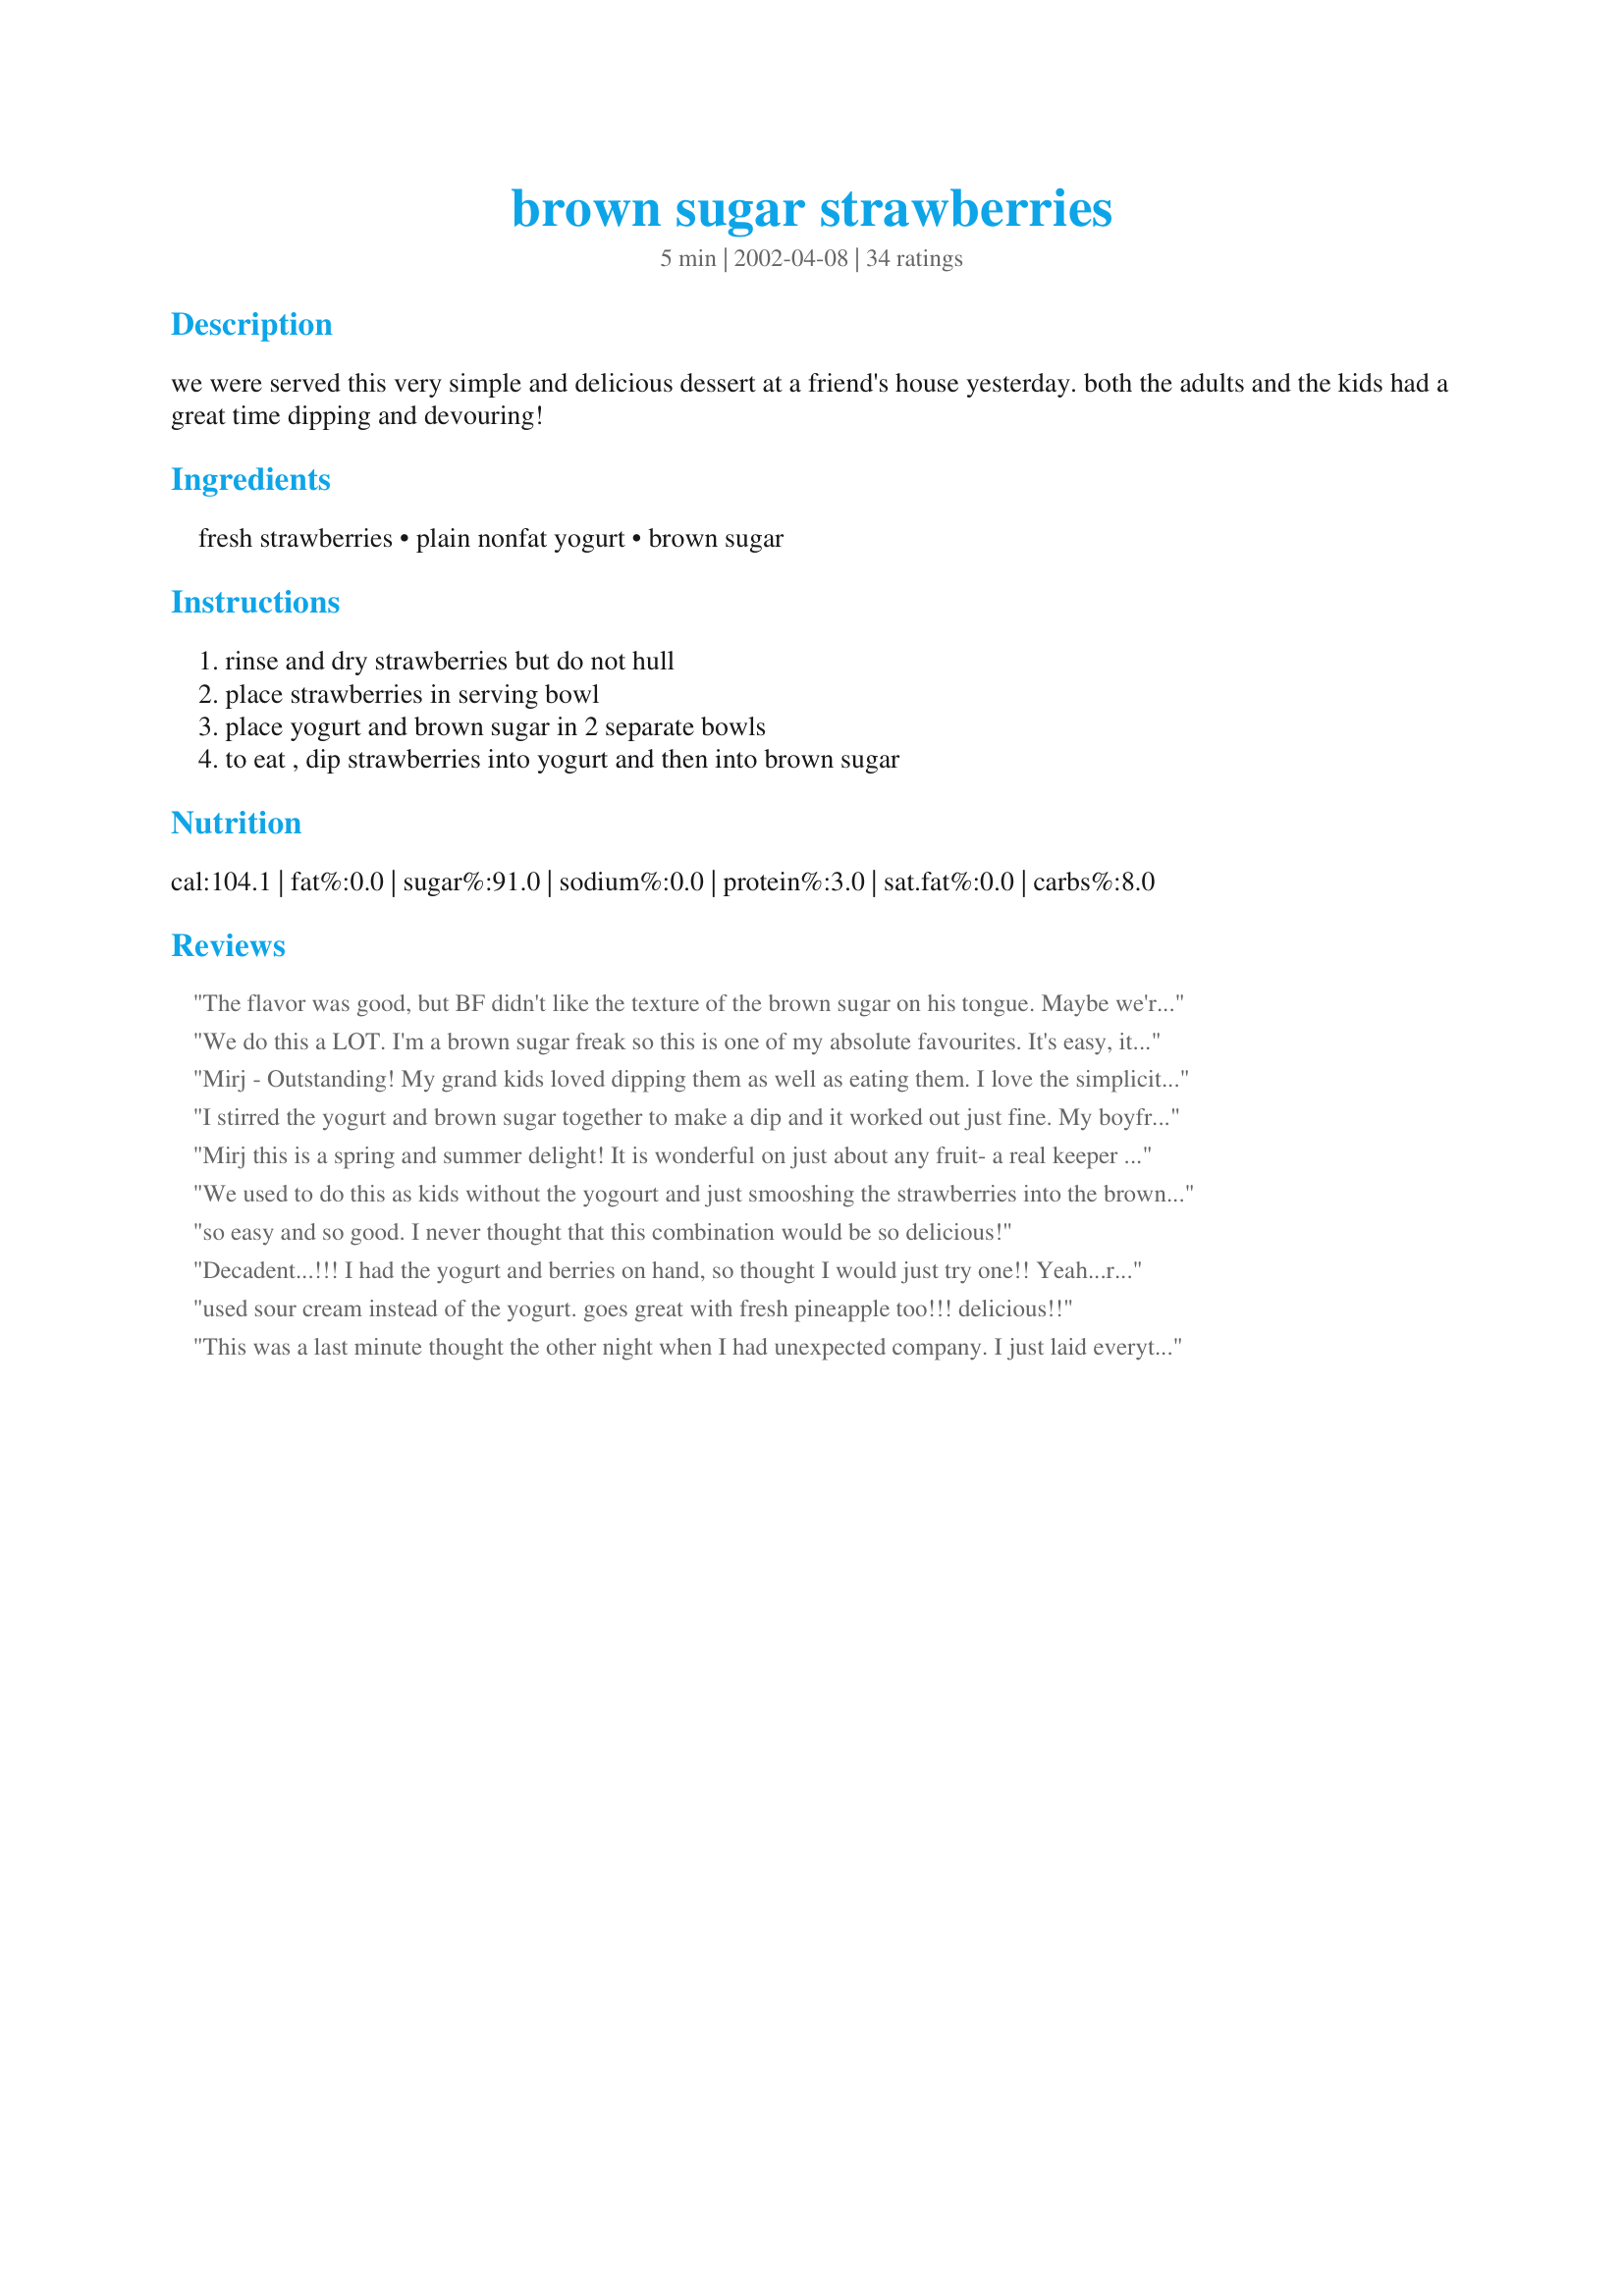
brown sugar strawberries
Preparation time: 5 minutes

we were served this very simple and delicious dessert at a friend's house yesterday. both the adults and the kids had a great time dipping and devouring!

Ingredients:
fresh strawberries, plain nonfat yogurt, brown sugar

Steps:
rinse and dry strawberries but do not hull, place strawberries in serving bowl, place yogurt and brown sugar in 2 separate bowls, to eat , dip strawberries into yogurt and then into brown sugar

Reviews:
The flavor was good, but BF didn't like the texture of the brown sugar on his tongue. Maybe we're snobs, but I think we'll just stick to whipped cream or balsamic vinegar. BF liked it better after I mixed the sugar and yogurt together, but I thought it tasted kind of odd like that. Sorry, this was okay, but not really our taste. Thanks for posting.
We do this a LOT. I'm a brown sugar freak so this is one of my absolute favourites. It's easy, it's fun, and it's so delicious. A tasty variation is to use a fruity yogurt, or vanilla yogurt.
Mirj - Outstanding! My grand kids loved dipping them as well as eating them. I love the simplicity and the flavor.

I stirred the yogurt and brown sugar together to make a dip and it worked out just fine. My boyfriend has a huge sweet tooth and needs something like this to enjoy simple fruit, and this did the trick without giving him a dish full of melted chocolate! Thanks for helping me find a healthier way to satisfy him.
Mirj this is a spring and summer delight! It is wonderful on just about any fruit- a real keeper thanks, this is going with me to a few of those charity functions.
We used to do this as kids without the yogourt and just smooshing the strawberries into the brown sugar. It was the only way I would eat them as a kid.
so easy and so good. I never thought that this combination would be so delicious!
Decadent...!!! I had the yogurt and berries on hand, so thought I would just try one!! Yeah...right!!! They are additive! So simple...really good. Thanx Mirj!!
used sour cream instead of the yogurt. goes great with fresh pineapple too!!! delicious!!
This was a last minute thought the other night when I had unexpected company. I just laid everything out and there was'nt a berry left. What a lovely combination. (I also put out sour cream but I preferred the yogurt.) Quickest dessert I ever made. Thanks for the idea!
We had these the other night BEFORE our evening meal. Just had to taste them and before we knew it, they were gone. We didn't have yogurt so we used sour cream, but they were delicious!
This was alright. I made it as written. My problem with this is that the kids couldn't get enough of it and it was messy. The brown sugar ended up gloppy because of the yogurt. Next time I will use sour cream and pre-mix the sour cream and brown sugar together.
These strawberries rate 5 stars for both taste and ease of preparation....they are done in only a few minutes! My small town grocery did not have plain yogurt so I substituted strawberry banana flavor, and the taste was indescribably good. The taste of the brown sugar with the strawberries and yogurt was delicious. Next time I will try the plain yogurt! Thanks for such a treat!
We love these!!!! I made this to share with my friend while we were watching 'The Bachelor'. They are such a great snack and only takes a minute to get a plate together! I used Low Fat Sour Cream instead of the yogurt, as that's what I had on hand. Yummy!!! Thank you for posting it for us Mirj! Linda
This is my favorite time of the year. The strawberries are awesome. I am always looking for something new. This is excellant!! My kids could not believe how great this recipe is. Thanks!! It really was quick and easy. Now we have to go out and buy some more strawberries:-)
We have done this recipe for years with (believe it or not) SOUR CREAM & brown sugar. The acidity in the sour cream melts the brown sugar and it turns into a yummy blend of creaminess with the sweet richness of brown sugar. Trying this with yogurt was a nice change, though my family is more likely to have sour cream on hand. Delish!
Oh, Wow!! I was invited to bring a finger food and join some friends tonight. I had all the makings for this recipe so grabbed them and went. What a hit this was!!' Only one person there had eaten this before, and everyone loved it. Thanks for this great, easy to make snack recipe!
This is a wonderful way to enjoy fresh strawberries. Sooooo easy on the dessert chef!
My family thoroughly enjoyed our strawberries last night! But, I must say that the yogurt and brown sugar was absolutely divine with sliced ripe peaches! Deee...licious!
Unbelievable! I and my guests loved this! It's like candy strawberries! I used vanilla yogurt.
Excellent! I prepared the recipe as written and is was awesome. When I make this again, I will use a yogurt with some more UMPH; probably a greek style would be just right.
Wow! For something so simple, these were great! They were ready in about 10 seconds and tasted delicious - the brown sugar kind of melts almost as soon as you dip it into the yogurt and turns into a creamy, caramelly taste sensation. Really tasty! I used vanilla yogurt,as that was what I had on hand.
Yummy!
What a delightful treat this is when you want a healthy snack... Well healthier than some :) I have had these several times and it's always such a delight!
I had this at my in-laws house in IL a few years ago and had never heard of it before. I thought, "Eww..." but never being one to back down ;), I gave it a go. VERY good!! I was pleasantly surprised! Thanks for posting here!
I used low fat sour cream and it worked like a charm. I got hooked on these after my first indulgence! You will too, trust me!
Oh my goodness. These were so good. I used low fat sour cream instead of yogurt. Love the sweetness of the sugar in contrast to the tartness of the sour cream.
This was something that caught my eye as soon as I read it. I went to the store last night to get the ingredients for this and had it for a late night snack. My husband who is a picky eater tried it first and couldnt stop eating them. They taste just like a candy apple taste except with strawberries.. I used fat free vanilla yogurt and it was fantastic! EVERYONE needs to try this if they love candy apples or caramel flavor. It has both tastes to it. YUOMMO!! Thanks for the recipe Mirj!!
This is so quick and very good!!
I prefer the vanilla yogurt too, tastes like whipped cream!! Lovely light and simple dessert!
I will try it with peaches as CheekyBear suggested.... MIRJ Thanks for a great 'recipe'!!!!!!
Wonderful! I used light sour cream because we didn't have yogurt, and mixed it with the sugar. I can't wait to try it with yogurt. I bet this would also be good with bananas.
Really enjoyed this. It was simple and tasty. Easy to put together and serve. Thanks everyone loved it.
Mirj, we first tried this shortly after you posted it and since then this is the only way my family wants strawberries. We love the hint of caramel flavor from the brown sugar. To make it even simpler you can mix the yogurt and brown sugar together but I prefer dipping into each one. Sorry I didn't review sooner, but I thought I already had. 


Pretty, easy and Yummy. I set out a big bowl of seedless green grapes too. -- posted Aug 16, 2003 Updated to add this also works great with sour cream as already mentioned, and also with vanilla yogurt. If you can't get fresh sweet strawberries, red and green seedless grapes work very well.
Oh, yes, Mirj! Doesn't get any more simple than this & oh, so good!
